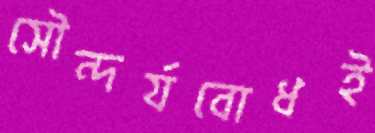
সৌন্দর্যবোধই